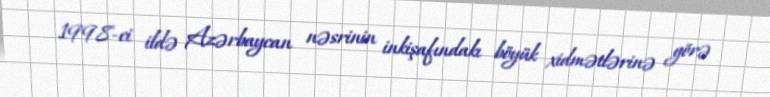
1998-ci ildə Azərbaycan nəsrinin inkişafındakı böyük xidmətlərinə görə